Annual returns of the Patna Lunatic Asylum at Bankipore in Bihar and Orissa - 1912-1924
Year: 1912
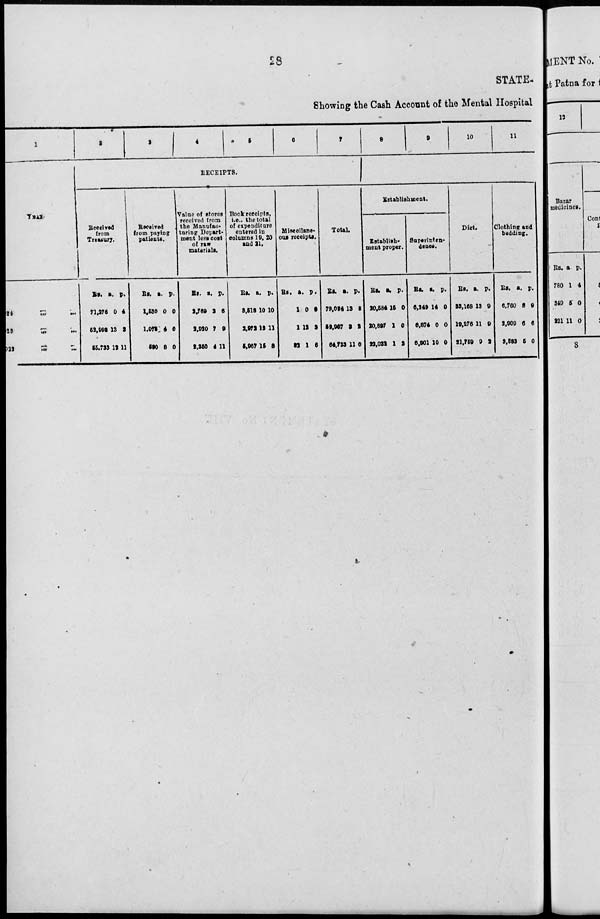
28
STATE-
Showing the Cash Account of the Mental Hospital
1
YEAR
24
...
...
23 ... ...
22
...
...
2
3
4
5
6
7
RECEIPTS.
Received
from
Treasury.
Rs.
71,276
52,993
55,733
a.
0
13
11
p.
4
3
11
Received
from paying
patients.
Rs.
1,530
1,073
590
a.
0
4
8
p.
0
0
0
Value of stores
received from
the Manufac-
turing Depart-
ment less cost
of raw
materials.
Rs.
2,769
2,920
2,350
a.
2
7
4
p.
6
9
11
Book receipts,
i.e., the total
of expenditure
entered in
columns 19, 20
and 21.
Rs.
3,513
2,972
5,067
a.
10
13
15
p.
10
11
3
Miscellane-
ous receipts.
Rs.
1
1
82
a.
0
12
1
p.
9
3
6
Total.
Rs.
79,094
52,987
64,733
a.
13
3
11
p.
3
2
0
8
9
10
11
Establishment.
Establish-
ment proper.
Rs.
20,584
20,897
22,022
a.
15
1
1
p.
0
0
2
Superinten-
dence.
Rs.
6,249
6,874
6,901
a.
14
0
10
p.
0
0
0
Diet.
Rs.
23,168
19,276
21,759
a.
13
11
9
p.
9
9
2
Clothing and
bedding.
Rs.
6,760
2,909
3,583
a.
8
5
5
p.
9
6
0